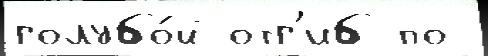
голубо́й отг'иб по